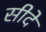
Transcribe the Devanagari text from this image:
सीदे